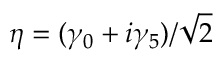
\eta = ( \gamma _ { 0 } + i \gamma _ { 5 } ) / { \sqrt { 2 } }